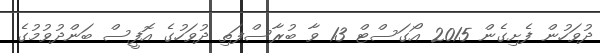
ދުވަހުން ފެށިގެން 2015 އޯގަސްޓް 13 ވާ ބުރާސްފަތި ދުވަހުގެ އޮފީސް ބަންދުވުމުގެ